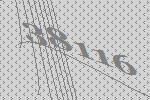
38116